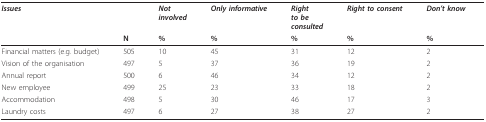
<table><thead><tr><td><b><i>Issues</i></b></td><td></td><td><b><i>Not</i><i>involved</i></b></td><td><b><i>Only informative</i></b></td><td><b><i>Right</i><i>to be</i><i>consulted</i></b></td><td><b><i>Right to consent</i></b></td><td><b><i>Don&#x27;t know</i></b></td></tr><tr><td></td><td><b>N</b></td><td><b>%</b></td><td><b>%</b></td><td><b>%</b></td><td><b>%</b></td><td><b>%</b></td></tr></thead><tbody><tr><td>Financial matters (e.g. budget)</td><td>505</td><td>10</td><td>45</td><td>31</td><td>12</td><td>2</td></tr><tr><td>Vision of the organisation</td><td>497</td><td>5</td><td>37</td><td>36</td><td>19</td><td>2</td></tr><tr><td>Annual report</td><td>500</td><td>6</td><td>46</td><td>34</td><td>12</td><td>2</td></tr><tr><td>New employee</td><td>499</td><td>25</td><td>23</td><td>33</td><td>18</td><td>2</td></tr><tr><td>Accommodation</td><td>498</td><td>5</td><td>30</td><td>46</td><td>17</td><td>3</td></tr><tr><td>Laundry costs</td><td>497</td><td>6</td><td>27</td><td>38</td><td>27</td><td>2</td></tr></tbody></table>